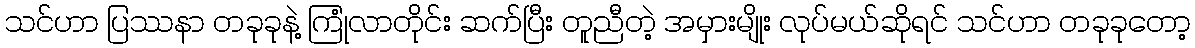
သင်ဟာ ပြဿနာ တခုခုနဲ့ ကြုံလာတိုင်း ဆက်ပြီး တူညီတဲ့ အမှားမျိုး လုပ်မယ်ဆိုရင် သင်ဟာ တခုခုတော့